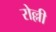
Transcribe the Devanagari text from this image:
रोल्ली